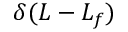
\delta ( L - L _ { f } )